Civil Veterinary Dept. Bombay admin report 1914-1922 - 1914-1922
Year: 1914
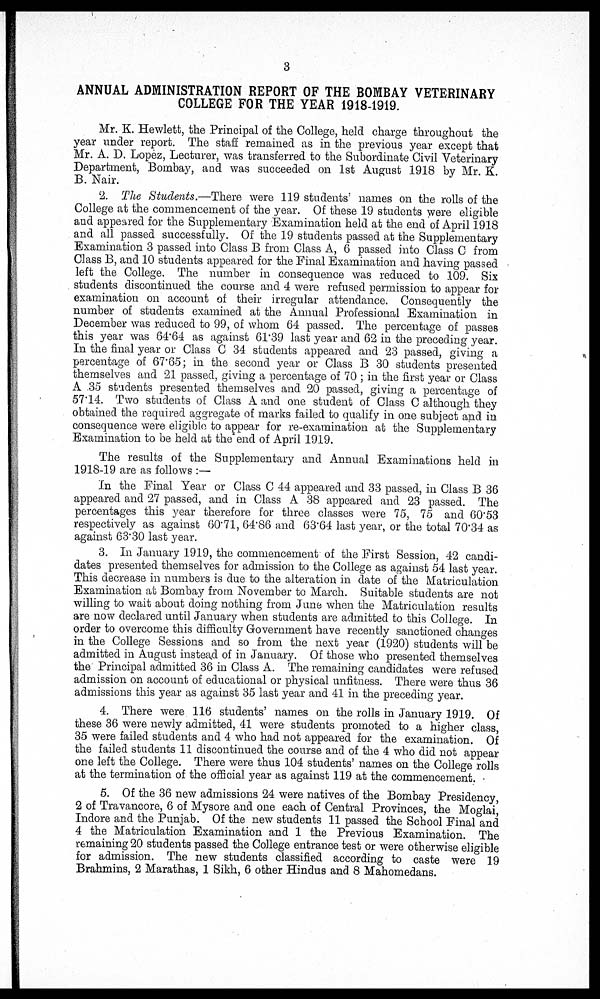
3
ANNUAL ADMINISTRATION REPORT OF THE BOMBAY VETERINARY
COLLEGE FOR THE YEAR 1918-1919.
Mr. K. Hewlett, the Principal of the College, held charge throughout the
year under report. The staff remained as in the previous year except that
Mr. A. D. Lopez, Lecturer, was transferred to the Subordinate Civil Veterinary
Department, Bombay, and was succeeded on 1st August 1918 by Mr. K.
B. Nair.
2. The Students.—There were 119 students' names on the rolls of the
College at the commencement of the year. Of these 19 students were eligible
and appeared for the Supplementary Examination held at the end of April 1918
and all passed successfully. Of the 19 students passed at the Supplementary
Examination 3 passed into Class B from Class A, 6 passed into Class C from
Class B, and 10 students appeared for the Final Examination and having passed
left the College. The number in consequence was reduced to 109. Six
students discontinued the course and 4 were refused permission to appear for
examination on account of their irregular attendance. Consequently the
number of students examined at the Annual Professional Examination in
December was reduced to 99, of whom 64 passed. The percentage of passes
this year was 64.64 as against 61.39 last year and 62 in the preceding year.
In the final year or Class C 34 students appeared and 23 passed, giving a
percentage of 67.65; in the second year or Class B 30 students presented
themselves and 21 passed, giving a percentage of 70 ; in the first year or Class
A .35 students presented themselves and 20 passed, giving a percentage of
57.14. Two students of Class A and one student of Class C although they
obtained the required aggregate of marks failed to qualify in one subject and in
consequence were eligible to appear for re-examination at the Supplementary
Examination to be held at the end of April 1919.
The results of the Supplementary and Annual Examinations held in
1918-19 are as follows :—
In the Final Year or Class C 44 appeared and 33 passed, in Class B 36
appeared and 27 passed, and in Class A 38 appeared and 23 passed. The
percentages this year therefore for three classes were 75, 75 and 60.53
respectively as against 60.71, 64.86 and 63.64 last year, or the total 70.34 as
against 63.30 last year.
3. In January 1919, the commencement of the First Session, 42 candi-
dates presented themselves for admission to the College as against 54 last year.
This decrease in numbers is due to the alteration in date of the Matriculation
Examination at Bombay from November to March. Suitable students are not
willing to wait about doing nothing from June when the Matriculation results
are now declared until January when students are admitted to this College. In
order to overcome this difficulty Government have recently sanctioned changes
in the College Sessions and so from the next year (1920) students will be
admitted in August instead of in January. Of those who presented themselves
the Principal admitted 36 in Class A. The remaining candidates were refused
admission on account of educational or physical unfitness. There were thus 36
admissions this year as against 35 last year and 41 in the preceding year.
4. There were 116 students' names on the rolls in January 1919. Of
these 36 were newly admitted, 41 were students promoted to a higher class,
35 were failed students and 4 who had not appeared for the examination. Of
the failed students 11 discontinued the course and of the 4 who did not appear
one left the College. There were thus 104 students' names on the College rolls
at the termination of the official year as against 119 at the commencement.
5. Of the 36 new admissions 24 were natives of the Bombay Presidency,
2 of Travancore, 6 of Mysore and one each of Central Provinces, the Moglai,
Indore and the Punjab. Of the new students 11 passed the School Final and
4 the Matriculation Examination and 1 the Previous Examination. The
remaining 20 students passed the College entrance test or were otherwise eligible
for admission. The new students classified according to caste were 19
Brahmins, 2 Marathas, 1 Sikh, 6 other Hindus and 8 Mahomedans.